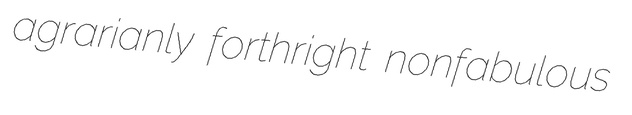
agrarianly forthright nonfabulous